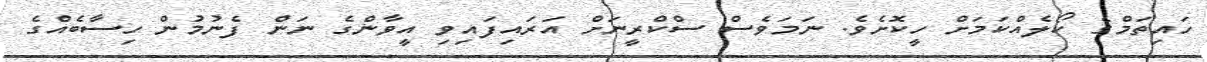
ހައިތަމްގެ ކޯލެއްކަމަށް ހީކޮށެވެ. ނަމަވެސް ސްކްރީނަށް އަރައިފައިވި އީވާންގެ ނަން ފެނުމުން ހިސާބެއްގެ